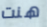
هنت